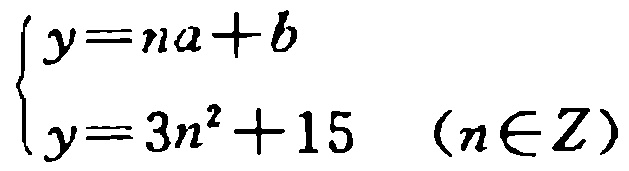
$\begin{cases}y=na + b\\y = 3n^{2}+15\quad(n\in Z)\end{cases}$